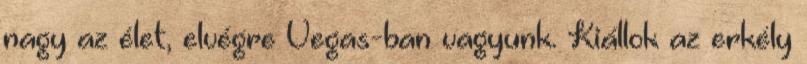
nagy az élet, elvégre Vegas-ban vagyunk. Kiállok az erkély